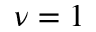
\nu = 1